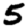
Digit: 5